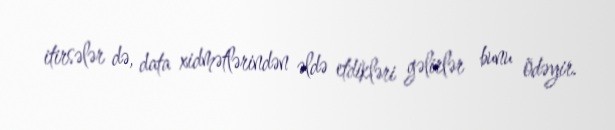
itirsələr də, data xidmətlərindən əldə etdikləri gəlirlər bunu ödəyir.